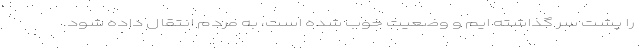
را پشت سر گذاشته ایم و وضعیت خوب شده است، به مردم انتقال داده شود.